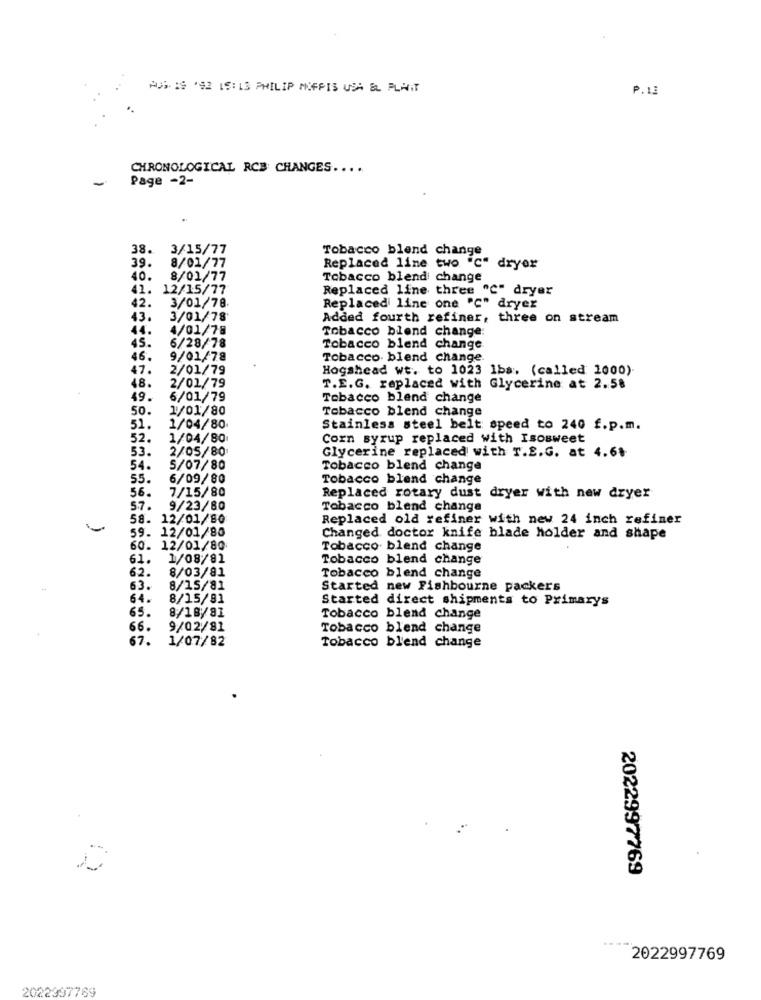
AUS 19 '92 IS:13 PHILIP MOFPIS USA &L PLANT
P.13
CHRONOLOGICAL RCB: CHANGES ....
-
Page -2-
38.
3/15/77
Tobacco blend change
39.
8/01/77
Replaced line two "c" dryer
40.
8/01/77
Tobacco blend change
41.
12/15/77
Replaced line three "C" dryer
42.
3/01/78
Replaced line one "℃" dryer
43.
3/01/78
Added fourth refiner, three on stream
44.
4/01/78
Tobacco blend change:
45.
6/28/78
Tobacco blend change
46,
9/01/78
Tobacco. blend change.
47.
2/01/79
Hogshead wt. to 1023 1ba, (called 1000)
2/01/79
48.
T.E.G. replaced with Glycerine at 2.58
49.
6/01/79
Tobacco blend change
50.
1/01/80
Tobacco blend change
51.
1/04/80
Stainless steel belt speed to 240 f.p.m.
52.
1/04/80
Corn syrup replaced with Isosweet
53.
2/05/80
Glycerine replaced with T.S.G. at 4.6$
54.
5/07/80
Tobacco blend change
55.
6/09/80
Tobacco blend change
56.
7/15/80
Replaced rotary dust dryer with new dryer
57.
9/23/80
Tobacco blend change
58. 12/01/80
Replaced old refiner with new 24 inch refiner
59. 12/01/80
Changed doctor knife blade holder and shape
60. 12/01/80
Tobacco blend change
61.
1/08/81
Tobacco blend change
62.
8/03/81
Tobacco blend change
63.
8/15/81
Started new Fishbourne packers
64.
8/15/81
Started direct shipments to Primarys
65.
8/18/91
Tobacco blend change
66.
9/02/81
Tobacco blend change
67.
1/07/82
Tobacco blend change
2022997769
2022997769
2022997769